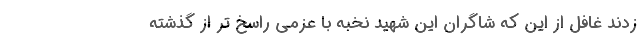
زدند غافل از این که شاگران این شهید نخبه با عزمی راسخ تر از گذشته